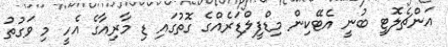
އަންޗެލޮޓީ ބުނީ އެޓޭކިން މިޑްފީލްޑަރެއްގެ ގޮތުގައި ޑި މާރިއާގެ އެހީ މި ވަގުތު